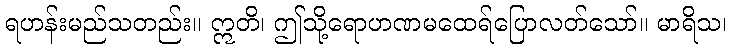
ရဟန်းမည်သတည်း။ ဣတိ၊ ဤသို့ရောဟဏမထေရ်ပြောလတ်သော်။ မာရိသ၊